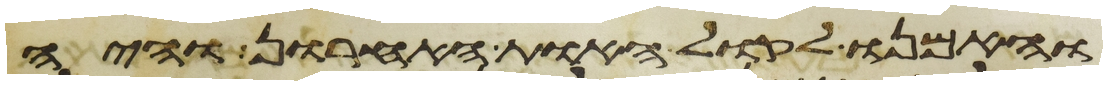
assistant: והאמנו לקול האות האחרון והיה